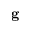
\mathbf { g }